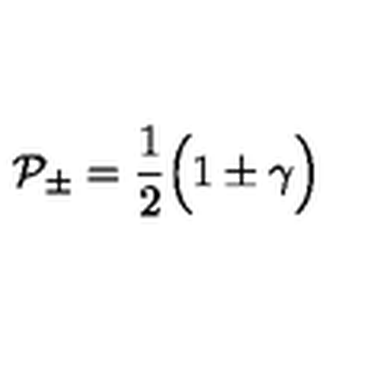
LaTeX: { \cal P _ { \pm } } = { \frac { 1 } { 2 } } \Bigl ( 1 \pm \gamma \Bigr )